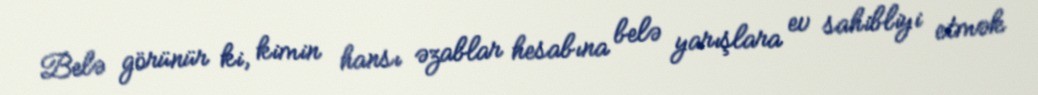
Belə görünür ki, kimin hansı əzablar hesabına belə yarışlara ev sahibliyi etmək